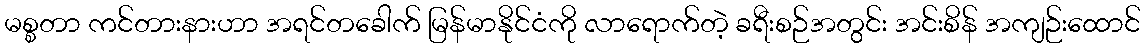
မစ္စတာ ကင်တားနားဟာ အရင်တခေါက် မြန်မာနိုင်ငံကို လာရောက်တဲ့ ခရီးစဉ်အတွင်း အင်းစိန် အကျဉ်းထောင်